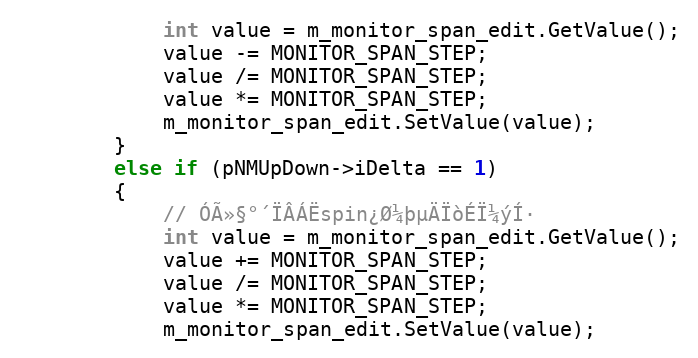
Language: C++
            int value = m_monitor_span_edit.GetValue();
            value -= MONITOR_SPAN_STEP;
            value /= MONITOR_SPAN_STEP;
            value *= MONITOR_SPAN_STEP;
            m_monitor_span_edit.SetValue(value);
        }
        else if (pNMUpDown->iDelta == 1)
        {
            // ÓÃ»§°´ÏÂÁËspin¿Ø¼þµÄÏòÉÏ¼ýÍ·
            int value = m_monitor_span_edit.GetValue();
            value += MONITOR_SPAN_STEP;
            value /= MONITOR_SPAN_STEP;
            value *= MONITOR_SPAN_STEP;
            m_monitor_span_edit.SetValue(value);